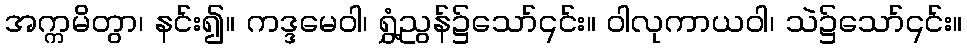
အက္ကမိတွာ၊ နင်း၍။ ကဒ္ဒမေဝါ၊ ရွှံ့ညွန်၌သော်၎င်း။ ဝါလုကာယဝါ၊ သဲ၌သော်၎င်း။